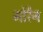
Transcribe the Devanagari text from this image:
मोरैन